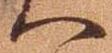
へ